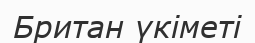
Британ үкіметі